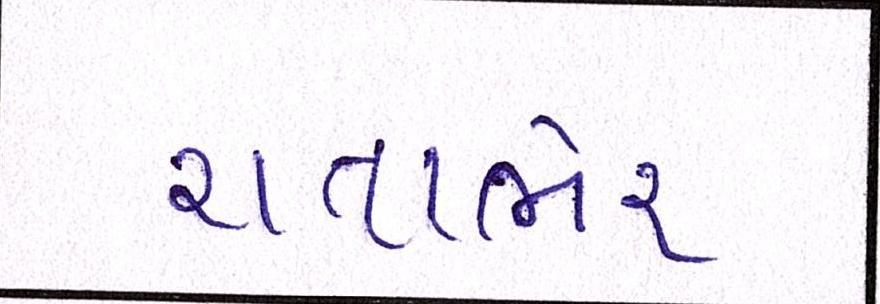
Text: રાતાભેર